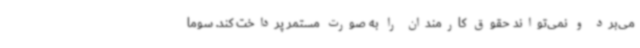
می‌برد و نمی‌تواند حقوق کارمندان را به صورت مستمر پرداخت کند. سوما